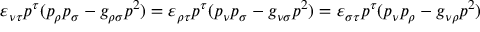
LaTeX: \varepsilon _ { \nu \tau } p ^ { \tau } ( p _ { \rho } p _ { \sigma } - g _ { \rho \sigma } p ^ { 2 } ) = \varepsilon _ { \rho \tau } p ^ { \tau } ( p _ { \nu } p _ { \sigma } - g _ { \nu \sigma } p ^ { 2 } ) = \varepsilon _ { \sigma \tau } p ^ { \tau } ( p _ { \nu } p _ { \rho } - g _ { \nu \rho } p ^ { 2 } )